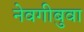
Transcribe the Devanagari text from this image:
नेवगीबुवा